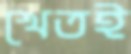
খেতই